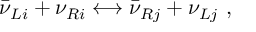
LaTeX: \bar { \nu } _ { L i } + \nu _ { R i } \longleftrightarrow \bar { \nu } _ { R j } + \nu _ { L j } \ ,